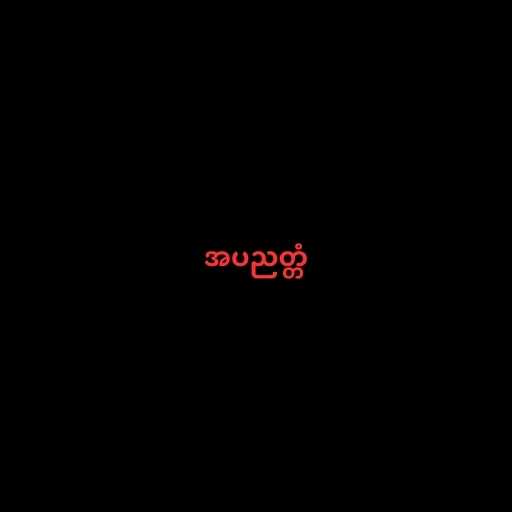
အပညတ္တံ